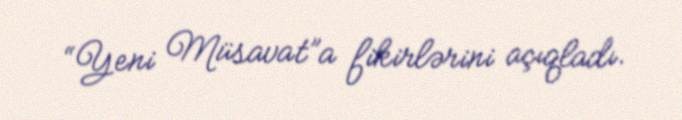
“Yeni Müsavat”a fikirlərini açıqladı.